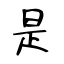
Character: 是